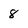
Character: 8